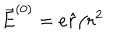
\overrightarrow { E } ^ { ( 0 ) } = e \hat { r } / r ^ { 2 }